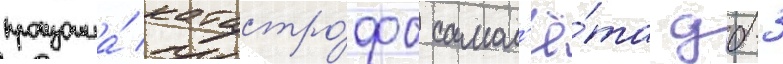
произошла́ катастро́фа самол'ё́та дб-3